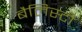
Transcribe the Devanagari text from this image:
बैलिस्टी